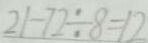
2 1 - 7 2 \div 8 = 1 2